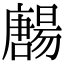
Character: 𡃯